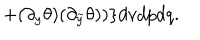
+ ( \partial _ { y } \theta ) ( \partial _ { \tilde { y } } \theta ) ) \} d v d p d q .